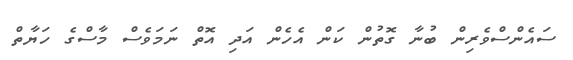
ސައެންސްވެރިން ބުނާ ގޮތުން ކަން އެހެން އަދި އޮތް ނަމަވެސް މާސްގެ ހަޔާތް